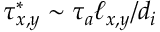
\tau _ { x , y } ^ { * } \sim \tau _ { a } \ell _ { x , y } / d _ { i }